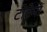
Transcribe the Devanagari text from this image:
टोटेमों